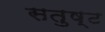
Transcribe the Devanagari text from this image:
सतुष्ट